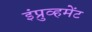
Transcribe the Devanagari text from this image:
इंप्रुव्हमेंट